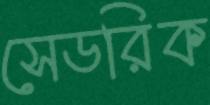
সেডরিক